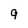
Character: 9